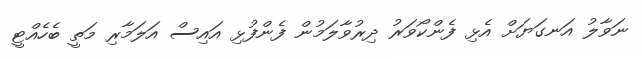
ނަވާލު އަނގަޔަށް އެޅި ފެންކޯވަރު ދިރުވާލަމުން ފެންފުޅި އައިސް އަލަމާރި މަތީ ބެހެއްޓީ